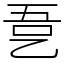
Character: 㐚